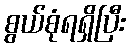
စွယ်စုံရရှိပြီး